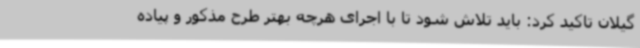
گیلان تاکید کرد: باید تلاش شود تا با اجرای هرچه بهتر طرح مذکور و پیاده